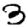
Digit: 3